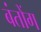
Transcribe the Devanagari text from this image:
बंतोंग